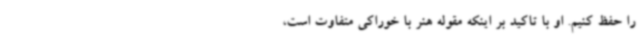
را حفظ کنیم. او با تاکید بر اینکه مقوله هنر با خوراکی متفاوت است،